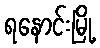
ရနောင်းမြို့